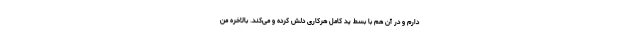
دارم و در آن هم با بسط ید کامل هرکاری دلش کرده و می‌کند. بالاخره من